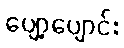
ပျော့ပျောင်း